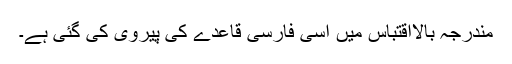
مُندرجہ بالااقتباس میں اسی فارسی قاعدے کی پیروی کی گئی ہے۔